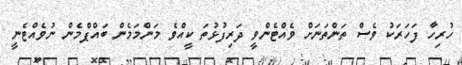
ހުރިހާ ފަހަރަކު ވެސް ތަންތަނަށް ވެއްޓެންވީ ދަރިފުޅުތަ ކީއްވެ މަންމަމެން ބައްޕްމެން ނުވެއްޓެނީ